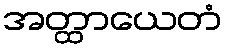
အတ္ထာယေတံ